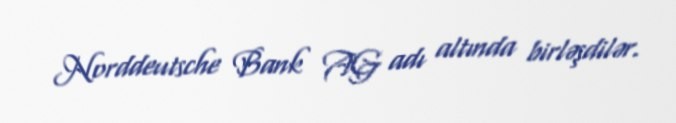
Norddeutsche Bank AG adı altında birləşdilər.